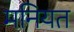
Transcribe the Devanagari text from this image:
मनियत